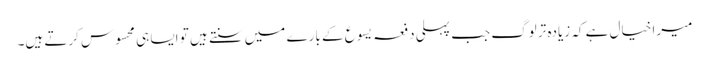
میرا خیال ہے کہ زیادہ تر لوگ جب پہلی دفعہ یسوع کے بارے میں سنتے ہیں تو ایسا ہی محسوس کرتے ہیں۔